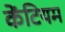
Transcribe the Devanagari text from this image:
केंटियम